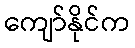
ကျော်နိုင်က